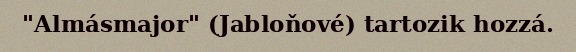
"Almásmajor" (Jabloňové) tartozik hozzá.